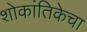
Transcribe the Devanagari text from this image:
शोकांतिकेचा